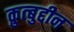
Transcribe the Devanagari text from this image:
क़ुत्बुद्दीन